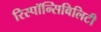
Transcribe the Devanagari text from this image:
रिस्पॉन्सिबिलिटी